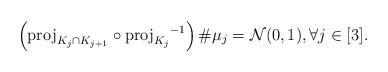
LaTeX: \begin{align*}\left( \mathord{\operatorname{proj}}_{K_j \cap K_{j+1}} \circ { \operatorname{proj}_{K_j} }^{-1} \right) \# \mu_j = \mathcal{N}(0,1), \forall j \in [3].\end{align*}